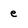
Character: e